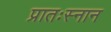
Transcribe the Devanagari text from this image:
प्रातःस्नान